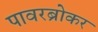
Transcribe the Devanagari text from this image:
पावरब्रोकर